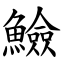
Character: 䲓